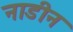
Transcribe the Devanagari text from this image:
नाडीन